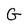
Character: G